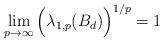
LaTeX: \begin{align*}\lim_{p \to \infty} \Big( \lambda_{1,p}(B_d) \Big)^{1/p} = 1\end{align*}